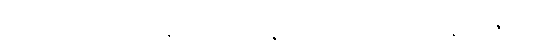
လူအများသည်။ နာရဒဿ၊ နာရဒမည်သော။ မုနိရာဇဿ၊